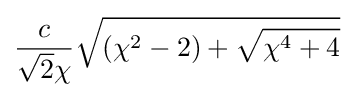
{\frac {c}{{\sqrt {2}}\chi }}{\sqrt {(\chi ^{2}-2)+{\sqrt {\chi ^{4}+4}}}}